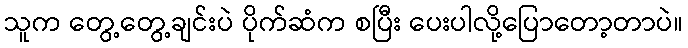
သူက တွေ့တွေ့ချင်းပဲ ပိုက်ဆံက စပြီး ပေးပါလို့ပြောတော့တာပဲ။